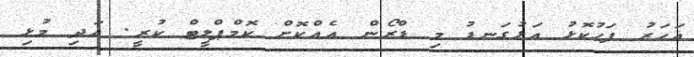
އަހަރު ފަހުކޮޅު އަޅުގަނޑު މި ޑްރޯން އެއްކޮށް ކޮމްޕްލީޓް ކުރީ. އަދި މުޅި